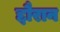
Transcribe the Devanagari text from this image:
द्दौरान